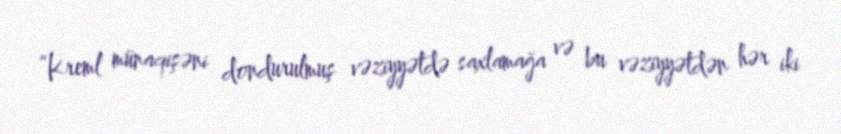
“Kreml münaqişəni dondurulmuş vəziyyətdə saxlamağa və bu vəziyyətdən hər iki